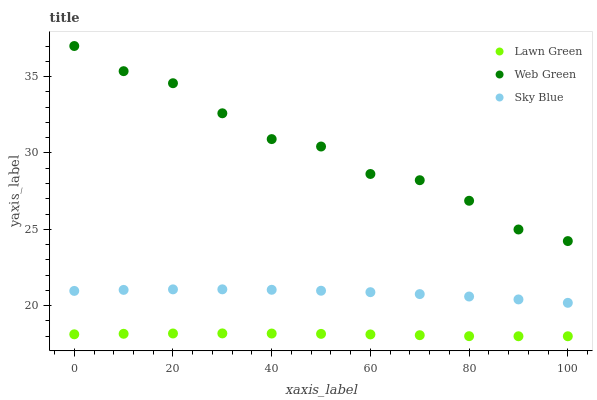
| xaxis_label | Lawn Green | Web Green | Sky Blue |
 | --- | --- | --- | --- |
 | 0 | 18.1 | 37 | 21 |
 | 10 | 18.2 | 35.4 | 21 |
 | 20 | 18.2 | 34.6 | 21.1 |
 | 30 | 18.2 | 32.6 | 21.1 |
 | 40 | 18.2 | 30.9 | 21 |
 | 50 | 18.2 | 30.4 | 21 |
 | 60 | 18.1 | 28.6 | 20.9 |
 | 70 | 18.1 | 28.2 | 20.8 |
 | 80 | 18 | 26.9 | 20.6 |
 | 90 | 18 | 25 | 20.4 |
 | 100 | 18 | 24.2 | 20.2 |